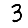
Digit: 3